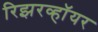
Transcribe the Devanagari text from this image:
रिझरव्हॉयर